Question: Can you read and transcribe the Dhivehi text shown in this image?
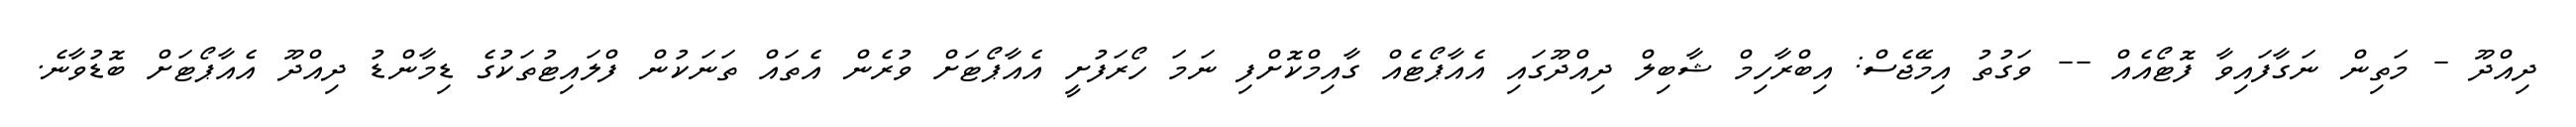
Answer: ދިއްދޫ - މަތިން ނަގާފައިވާ ފޮޓޯއެއް -- ވަގުތު އިމޭޖެސް: އިބްރާހިމް ޝާބިލް ދިއްދޫގައި އެއާޕޯޓެއް ގާއިމްކޮށްފި ނަމަ ހޯރަފުށީ އެއާޕޯޓަށް ވުރެން އެތައް ތަނަކުން ފްލައިޓުތަކުގެ ޑިމާންޑު ދިއްދޫ އެއާޕޯޓަށް ބޮޑުވާނެ.